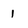
Character: 1